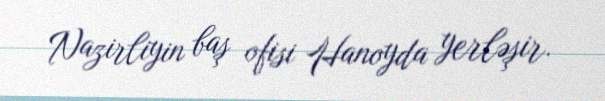
Nazirliyin baş ofisi Hanoyda yerləşir.